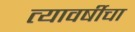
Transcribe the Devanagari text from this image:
त्यावर्षीचा